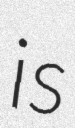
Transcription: is